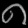
Digit: ၈